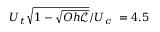
U _ { t } \sqrt { 1 - \sqrt { O h \mathscr { L } } } / U _ { c } ~ = 4 . 5